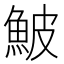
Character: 鮍